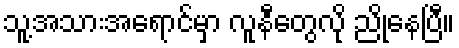
သူ့အသားအရောင်မှာ လူနီတွေလို ညိုနေပြီ။